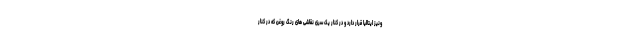
ونیز ایتالیا قرار دارد و در کنار یک سری نقاشی های رنگ روغن که در کنار